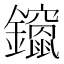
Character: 𮣨